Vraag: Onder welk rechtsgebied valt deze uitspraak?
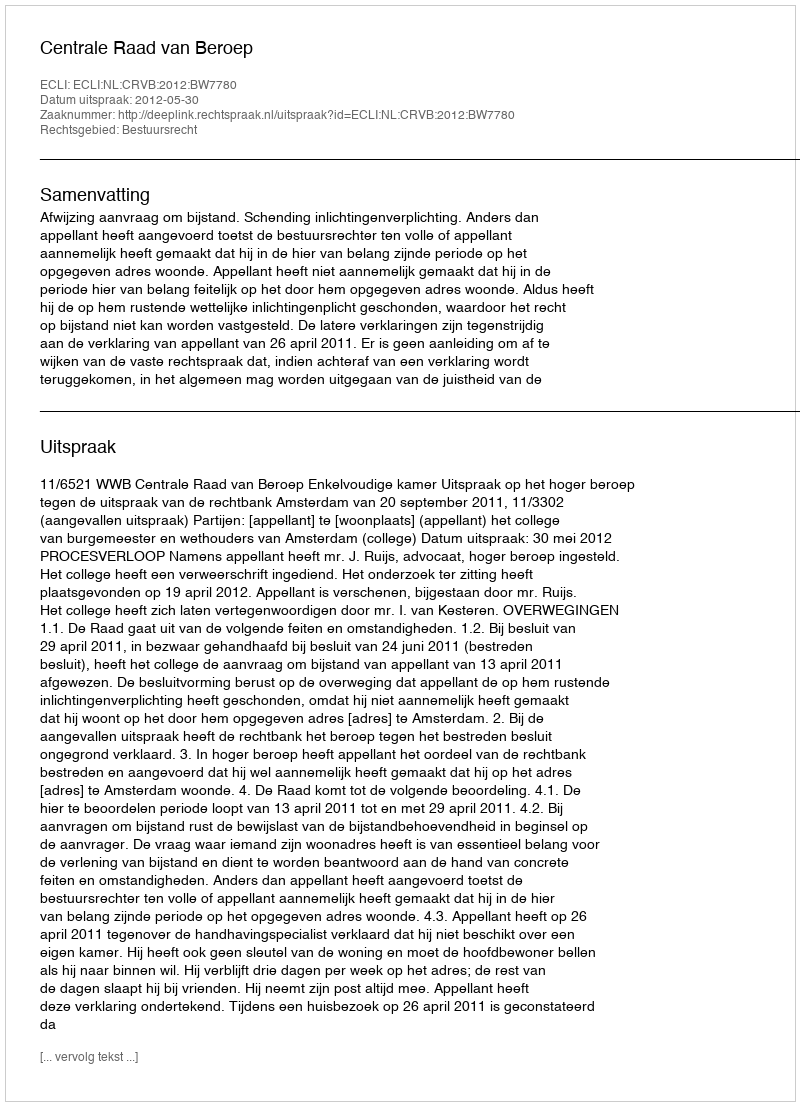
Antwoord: Bestuursrecht